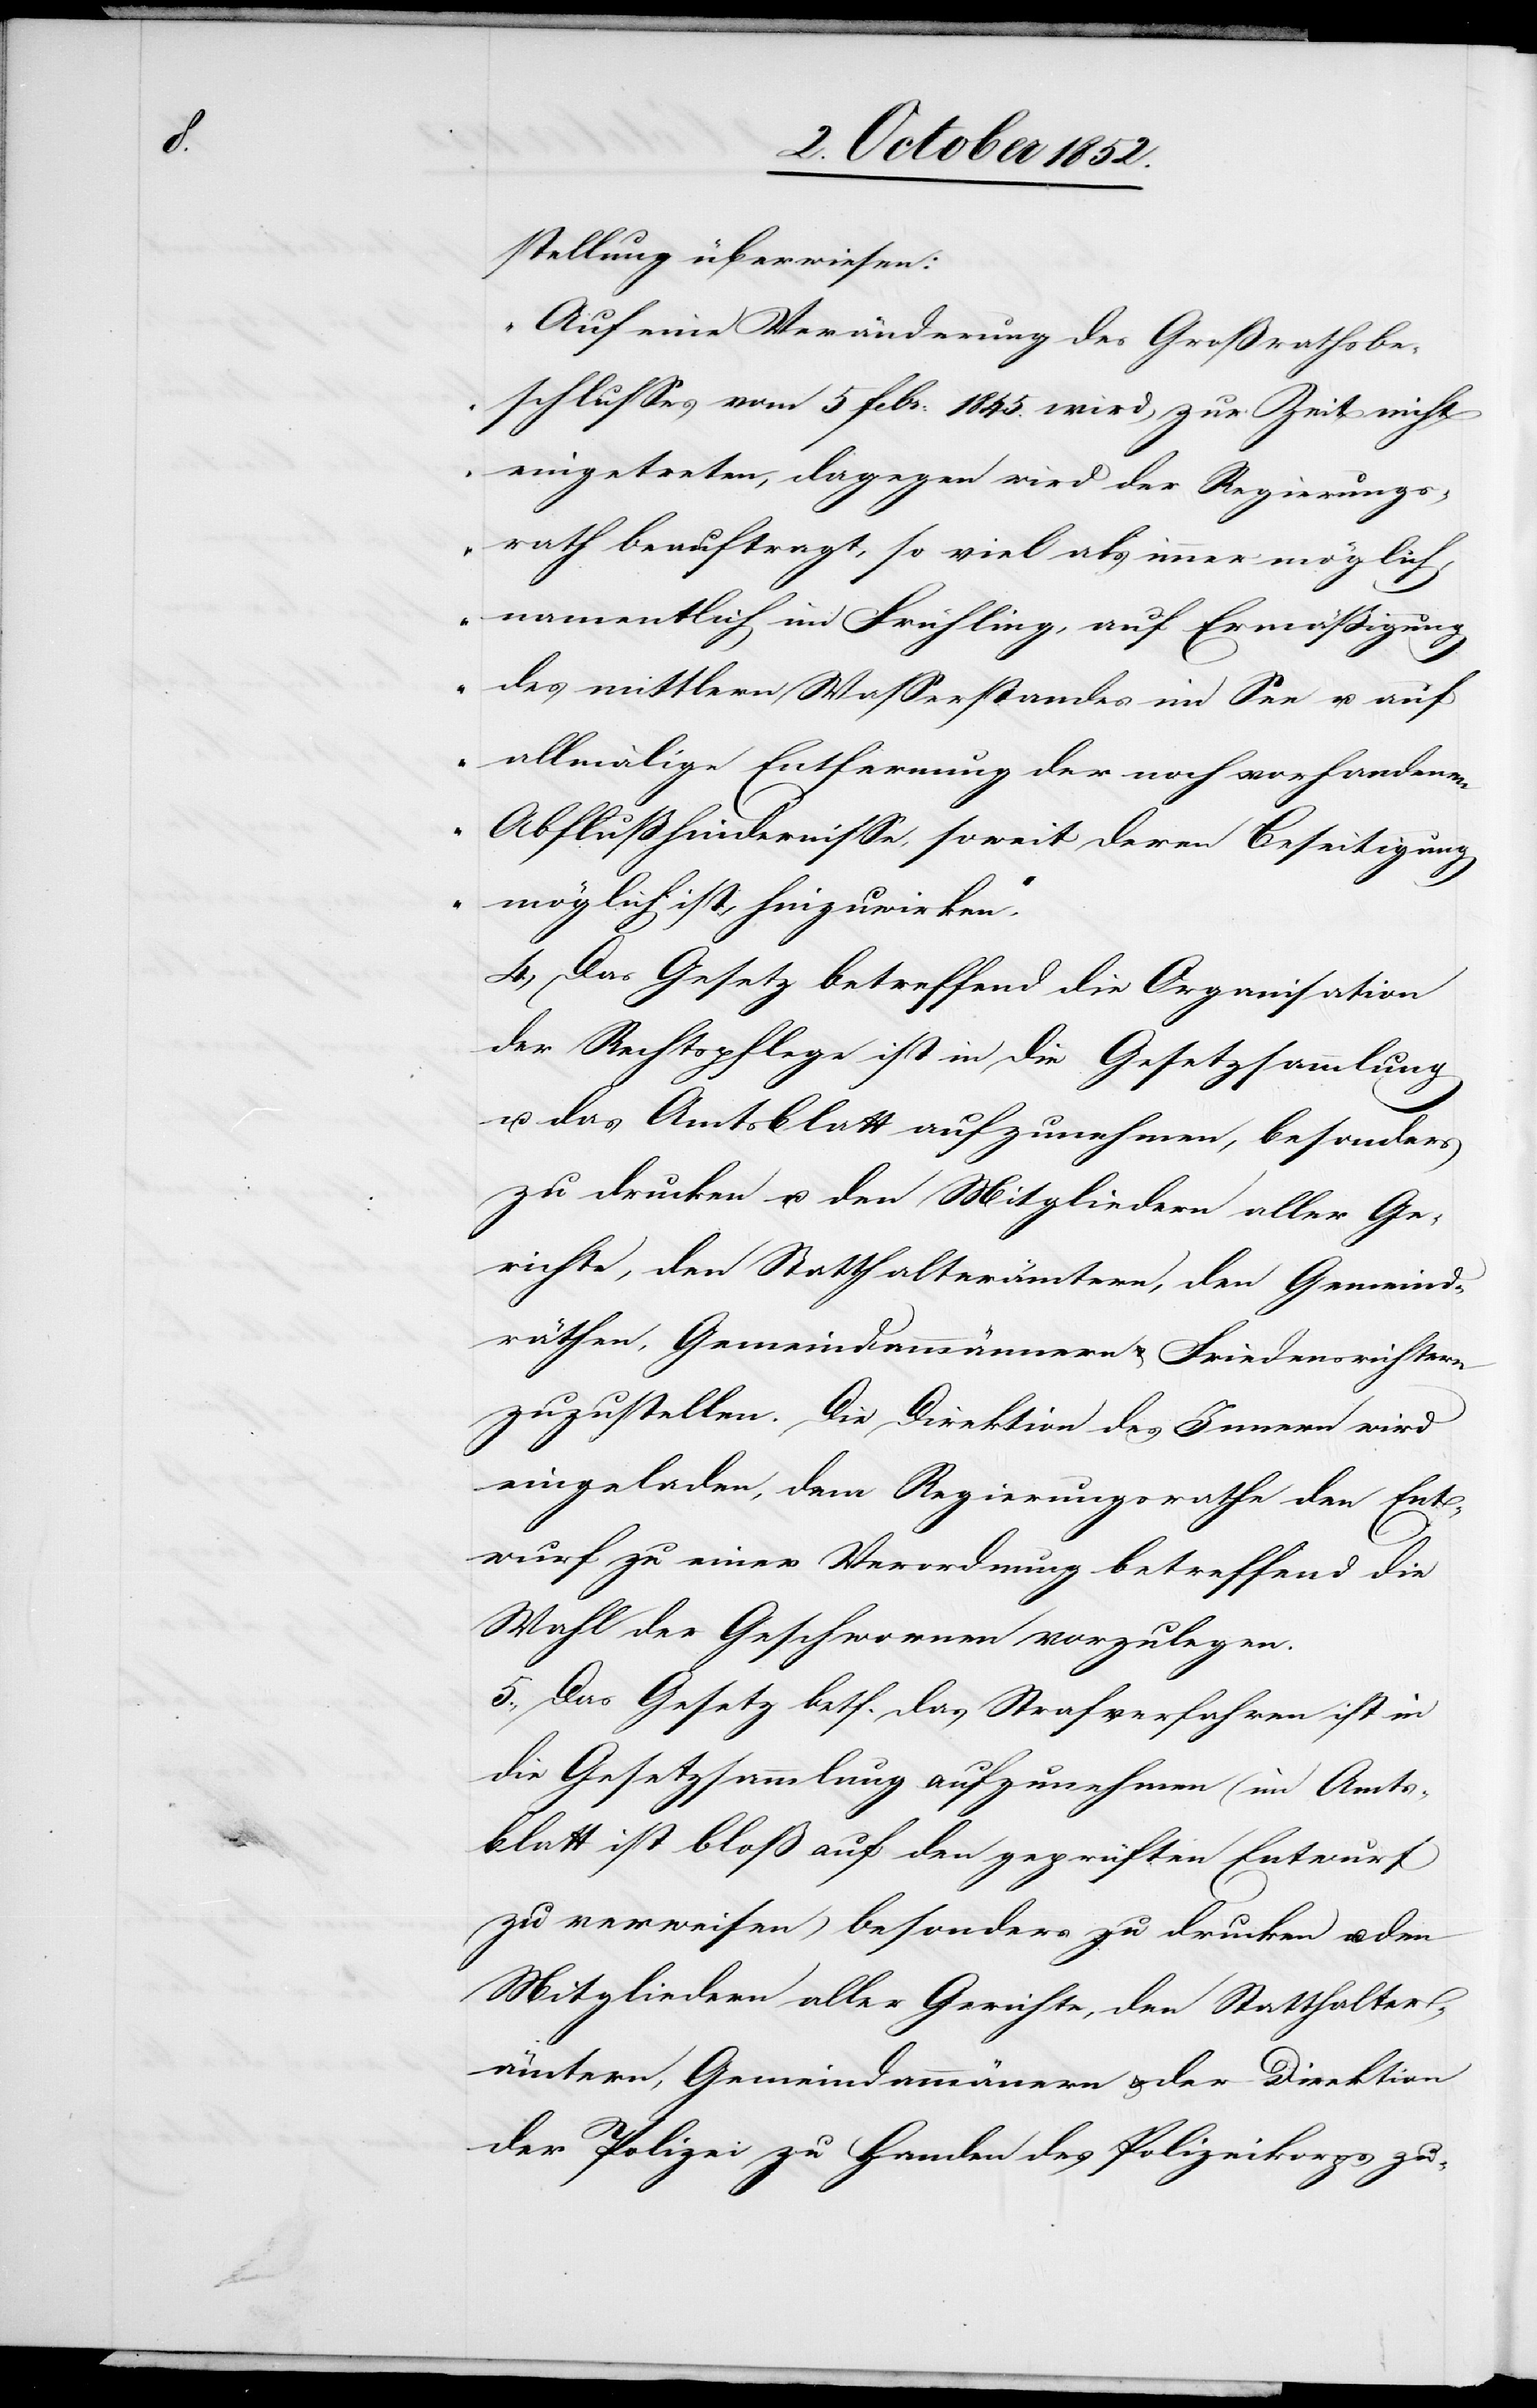
stellung überwiesen:
„Auf eine Veränderung des Großrathsbe¬
schlusses vom 5 Febr: 1845. wird zur Zeit nicht
eingetreten, dagegen wird der Regierungs¬
rath beauftragt, so viel als immer möglich,
namentlich im Frühling, auf Ermäßigung
des mittlern Wasserstandes im See u. auf
allmälige Entfernung der noch vorhandenen
Abflußhindernisse, soweit deren Beseitigung
möglich ist, hinzuwirken.“
4., Das Gesetz betreffend die Organisation
der Rechtspflege ist in die Gesetzsammlung
u. das Amtsblatt aufzunehmen, besonders
zu drucken u. den Mitgliedern aller Ge¬
richte, den Statthalterämtern, den Gemeind¬
räthen, Gemeindammännern & Friedensrichtern
zuzustellen. Die Direktion des Innern wird
eingeladen, dem Regierungsrathe den Ent¬
wurf zu einer Verordnung betreffend die
Wahl der Geschwornen vorzulegen.
5., Das Gesetz betf. das Strafverfahren ist in
die Gesetzsammlung aufzunehmen (im Amts¬
blatt ist bloß auf den geprüften Entwurf
zu verweisen) besonders zu drucken u. den
Mitgliedern aller Gerichte, den Statthalter¬
ämtern, Gemeindammän[n]ern & der Direktion
der Polizei zu Handen des Polizeikorps zu-